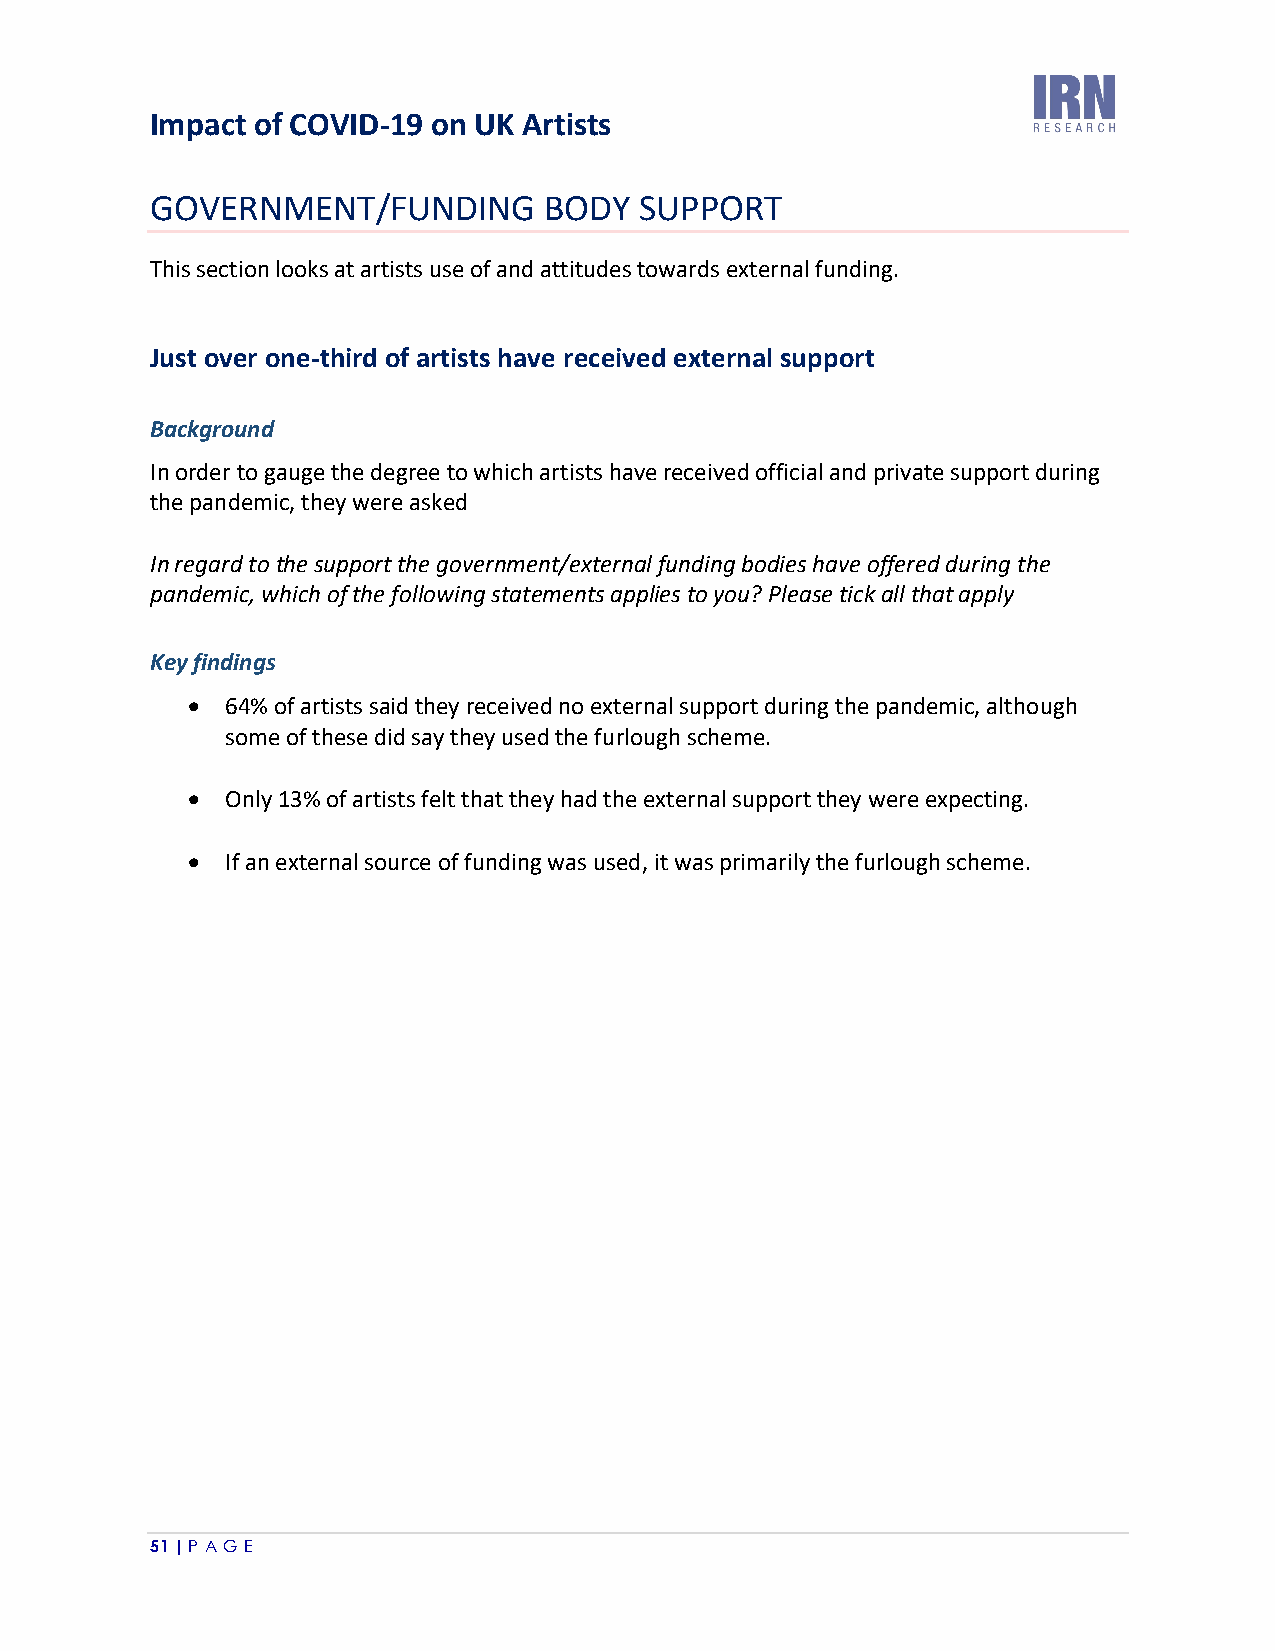
Impact of COVID-19 on UK Artists
 GOVERNMENT/FUNDING        BODY  SUPPORT
 This section looks at artists use of and attitudes towards external funding.
 Just over one-third of artists have received external support
 Background
 In order to gauge the degree to which artists have received official and private support during
 the pandemic, they were asked
 In regard to the support the government/external funding bodies have offered during the
 pandemic, which of the following statements applies to you? Please tick all that apply
 Key findings
 •  64% of artists said they received no external support during the pandemic, although
 some of these did say they used the furlough scheme.
 •  Only 13% of artists felt that they had the external support they were expecting.
 •  If an external source of funding was used, it was primarily the furlough scheme.
 51 | P A GE